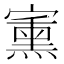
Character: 𱚗